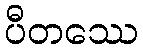
ပီတဿေ